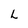
Character: L